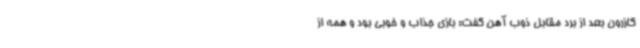
کازرون بعد از برد مقابل ذوب آهن گفت: بازی جذاب و خوبی بود و همه از